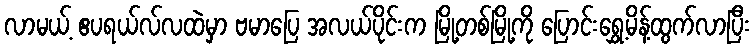
လာမယ့် ဧပရယ်လ်လထဲမှာ ဗမာပြေ အလယ်ပိုင်းက မြို့တစ်မြို့ကို ပြောင်းရွှေ့မိန့်ထွက်လာပြီး